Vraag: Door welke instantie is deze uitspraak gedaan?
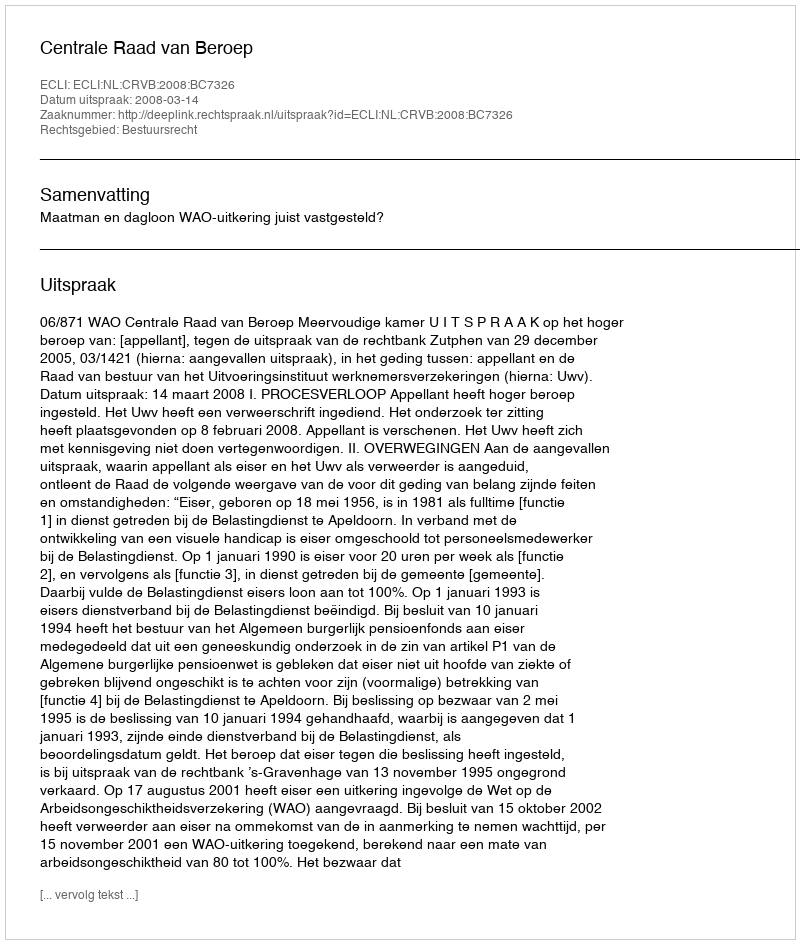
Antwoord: Centrale Raad van Beroep